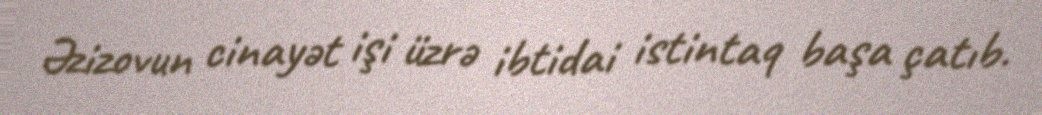
Əzizovun cinayət işi üzrə ibtidai istintaq başa çatıb.